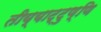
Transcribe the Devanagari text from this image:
तीय्याट्टुण्णि